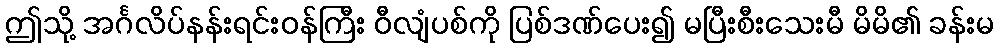
ဤသို့ အင်္ဂလိပ်နန်းရင်းဝန်ကြီး ဝီလျံပစ်ကို ပြစ်ဒဏ်ပေး၍ မပြီးစီးသေးမီ မိမိ၏ ခန်းမ